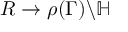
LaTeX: R \to \rho ( \Gamma ) \backslash \mathbb { H }